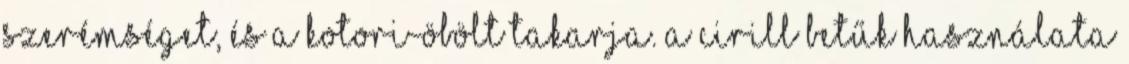
Szerémséget, és a Kotori-öbölt takarja. A cirill betűk használata